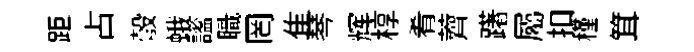
距占彀蛾謐職罔隹琴辉椁肴薺躇屬扣槿䇯